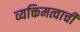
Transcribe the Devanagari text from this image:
व्यक्तिमत्वाची